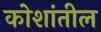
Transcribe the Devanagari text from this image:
कोशांतील